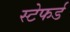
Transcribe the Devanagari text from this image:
स्टेफर्ड